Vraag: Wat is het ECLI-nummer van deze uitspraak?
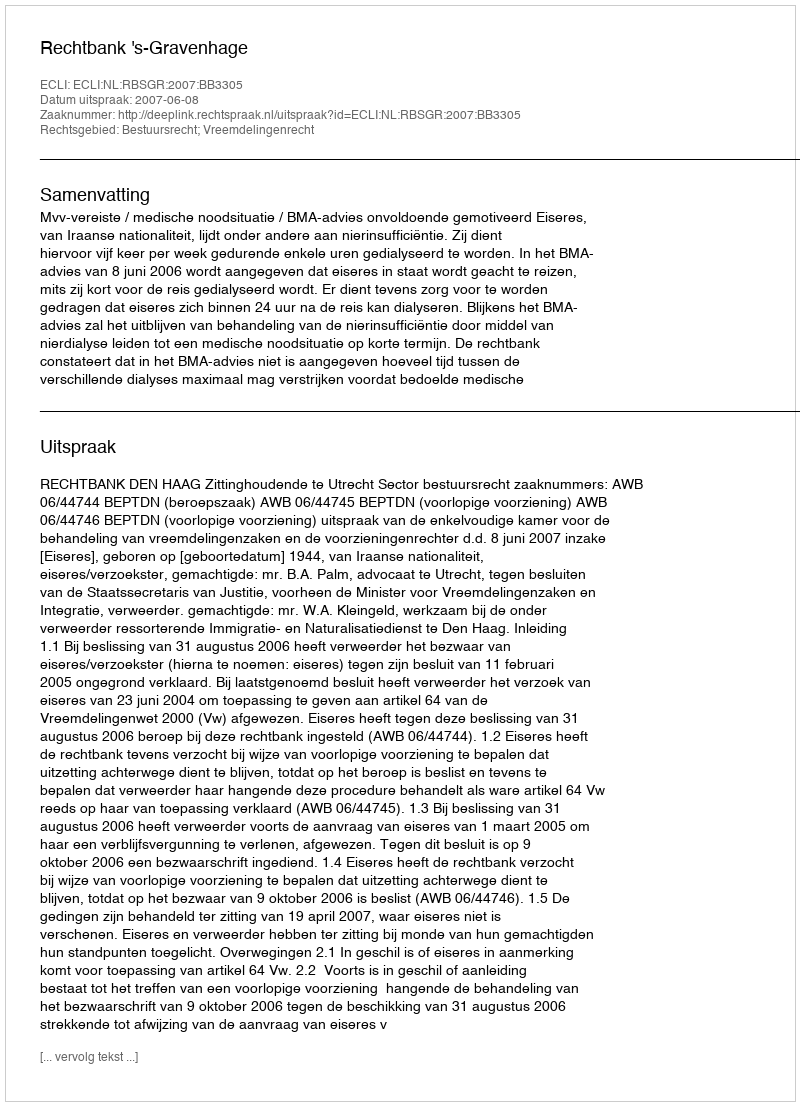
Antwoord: ECLI:NL:RBSGR:2007:BB3305